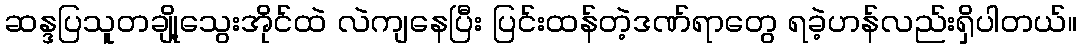
ဆန္ဒပြသူတချို့သွေးအိုင်ထဲ လဲကျနေပြီး ပြင်းထန်တဲ့ဒဏ်ရာတွေ ရခဲ့ဟန်လည်းရှိပါတယ်။